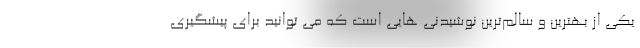
یکی از بهترین و سالم‌ترین نوشیدنی هایی است که می توانید برای پیشگیری